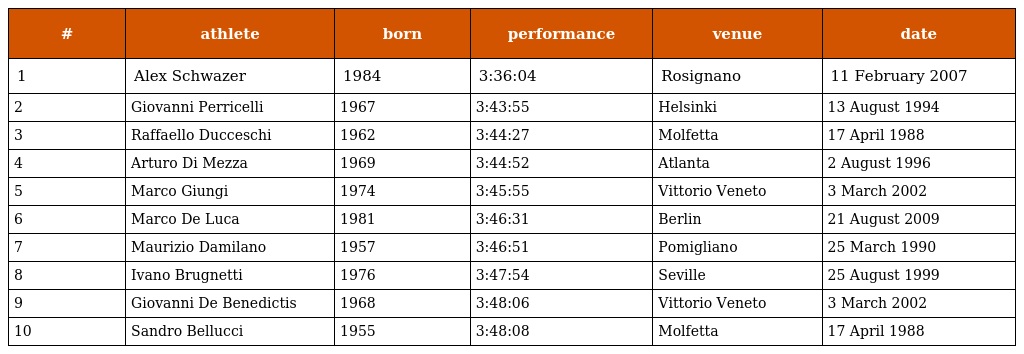
| # | athlete | born | performance | venue | date |
 | --- | --- | --- | --- | --- | --- |
 | 1 | Alex Schwazer | 1984 | 3:36:04 | Rosignano | 11 February 2007 |
 | 2 | Giovanni Perricelli | 1967 | 3:43:55 | Helsinki | 13 August 1994 |
 | 3 | Raffaello Ducceschi | 1962 | 3:44:27 | Molfetta | 17 April 1988 |
 | 4 | Arturo Di Mezza | 1969 | 3:44:52 | Atlanta | 2 August 1996 |
 | 5 | Marco Giungi | 1974 | 3:45:55 | Vittorio Veneto | 3 March 2002 |
 | 6 | Marco De Luca | 1981 | 3:46:31 | Berlin | 21 August 2009 |
 | 7 | Maurizio Damilano | 1957 | 3:46:51 | Pomigliano | 25 March 1990 |
 | 8 | Ivano Brugnetti | 1976 | 3:47:54 | Seville | 25 August 1999 |
 | 9 | Giovanni De Benedictis | 1968 | 3:48:06 | Vittorio Veneto | 3 March 2002 |
 | 10 | Sandro Bellucci | 1955 | 3:48:08 | Molfetta | 17 April 1988 |